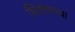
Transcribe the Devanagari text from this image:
धिशेषतया